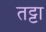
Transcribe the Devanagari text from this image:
तट्टा